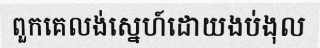
ពួកគេលង់ស្នេហ៍ដោយងប់ងុល